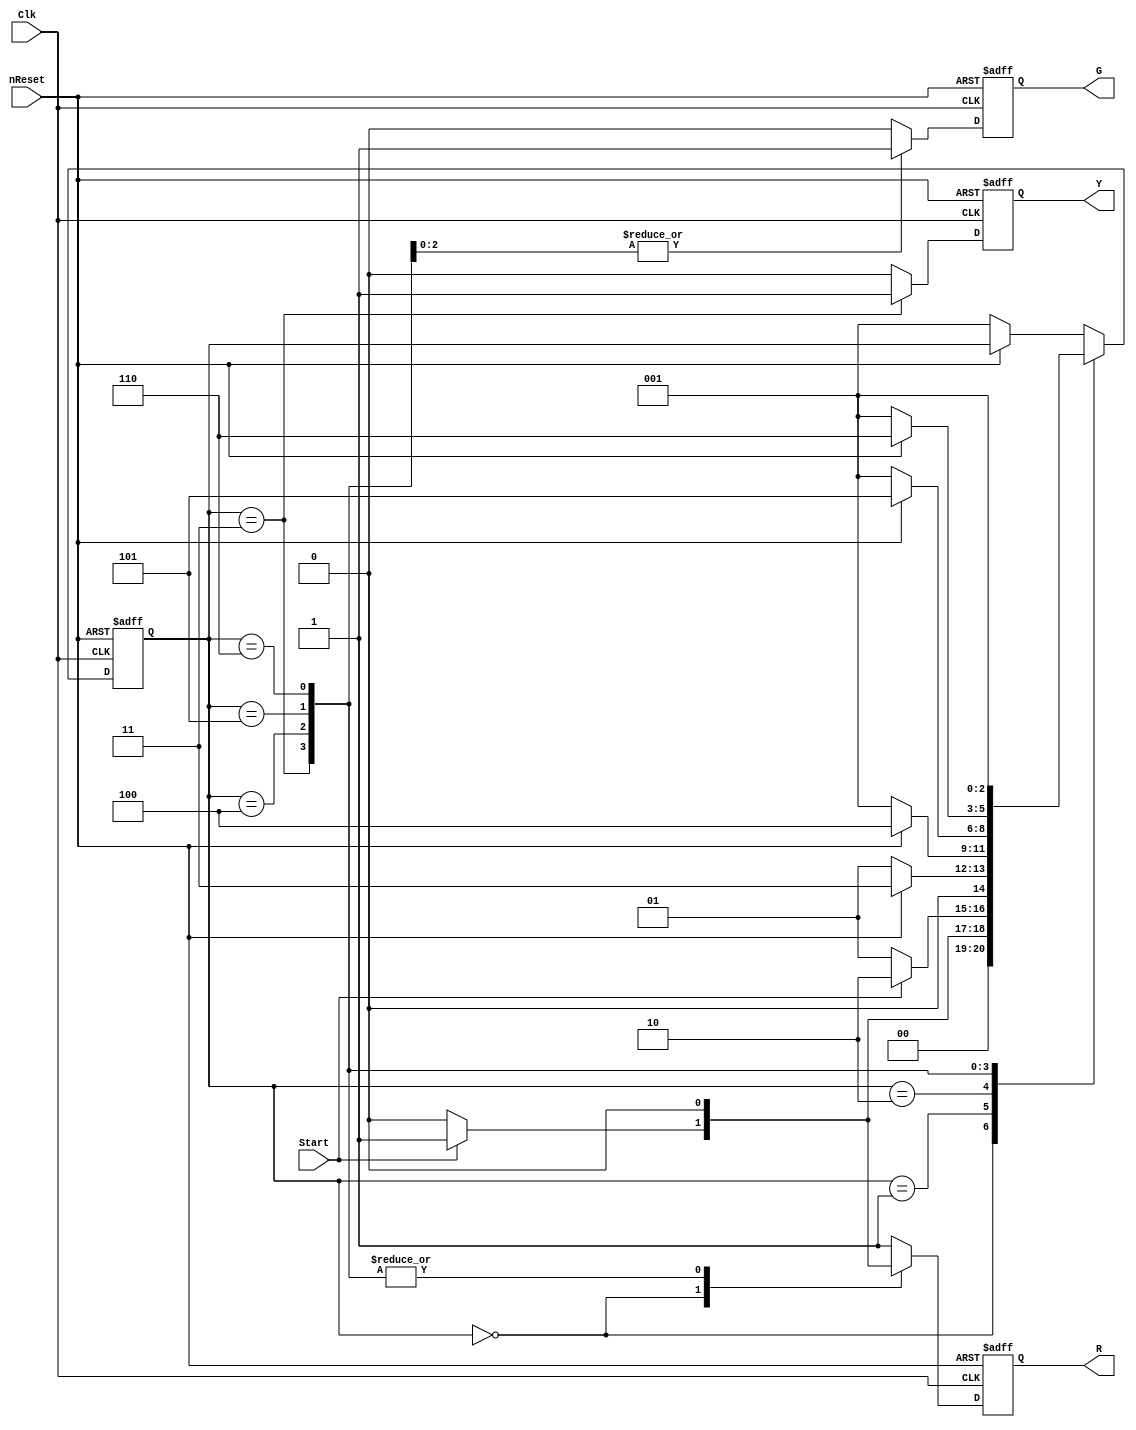
//RaceLightsController Mealy-FSM
//Made by: Jhury Kevin Lastre

module RaceLightsController(
	input wire Clk, nReset, Start, 
	output reg R, Y, G
);

// STATE ENCODING
localparam OFF = 3'b000,
			  SA = 3'b001,
			  SB = 3'b010,
			  SC = 3'b011,
			  SD = 3'b100,
			  SE = 3'b101,
			  SF = 3'b110;

reg [2:0] pState, nState;


always @(negedge Clk, negedge nReset)
	begin
		if(!nReset)
			pState <= SA;
		else
			pState <= nState;
	end

// NEXT STATE ASSIGNMENT
always @(*)
	begin
		case (pState)
			OFF		: nState = !Start  ? OFF : SA;
			SA  		: nState = !Start  ? SA  : SB;
			SB			: nState = !nReset ? SA  : SC;
			SC			: nState = !nReset ? SA  : SD;
			SD			: nState = !nReset ? SA  : SE;
			SE			: nState = !nReset ? SA  : SF;
			SF			: nState = !nReset ? SA  : SA;
			default	: nState = !nReset ? SA	 : pState;
		endcase
	end
	
// OUTPUT ASSIGNMENT
	reg r, y, g;
	
always @(*)
	begin
		case(pState)
			OFF		: begin r = (Start) ? 1'b1 : 1'b0;
								  y = 1'b0;
								  g = 1'b0; 
						  end
			SA			: begin r = 1'b1; y = 1'b0; g = 1'b0; end
			SB			: begin r = 1'b1; y = 1'b0; g = 1'b0; end
			SC			: begin r = 1'b0; y = 1'b1; g = 1'b0; end
			SD			: begin r = 1'b0; y = 1'b0; g = 1'b1; end
			SE			: begin r = 1'b0; y = 1'b0; g = 1'b1; end
			SF			: begin r = 1'b0; y = 1'b0; g = 1'b1; end
			default 	: begin r = 1'b1; y = 1'b0; g = 1'b0; end
		endcase
	end

always @(negedge Clk, negedge nReset)
	begin
		if(!nReset) 
			begin
				R <= 1'b1;
				Y <= 1'b0;
				G <= 1'b0;
			end
		else 
			begin
				R <= r;
				Y <= y;
				G <= g;
			end
	end
endmodule